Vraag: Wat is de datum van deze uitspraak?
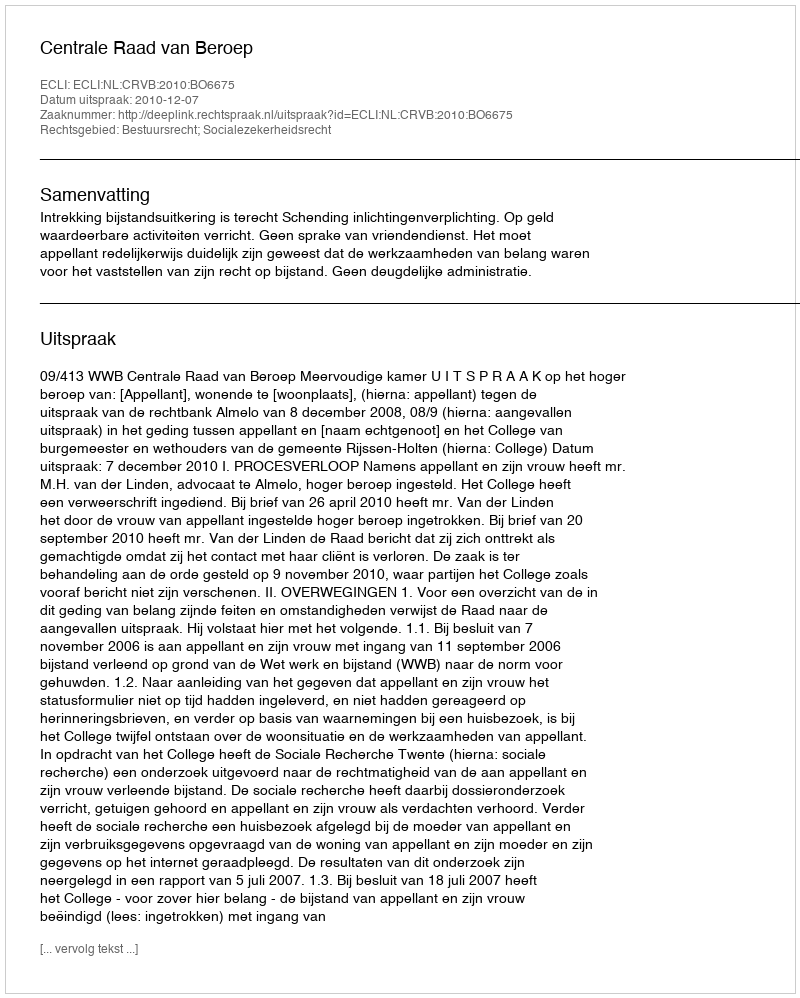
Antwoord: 2010-12-07